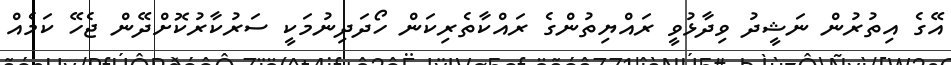
އޭގެ އިތުރުން ނަޝީދު ވިދާޅުވީ ރައްޔިތުންގެ ރައްކާތެރިކަން ހޯދަދިނުމަކީ ސަރުކާރުކޮށްދޭން ޖެހޭ ކަމެއް